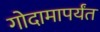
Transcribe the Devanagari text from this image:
गोदामापर्यंत